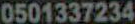
0501337234